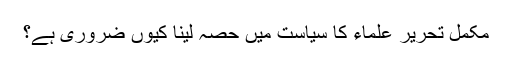
مکمل تحریر علماء کا سیاست میں حصہ لینا کیوں ضروری ہے؟